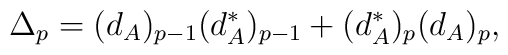
\Delta_p = (d_A)_{p-1} (d^*_A)_{p-1} + (d_A^*)_p (d_A)_p,